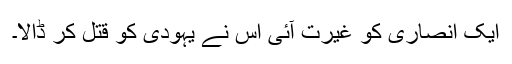
ایک انصاری کو غیرت آئی اس نے یہودی کو قتل کر ڈالا۔